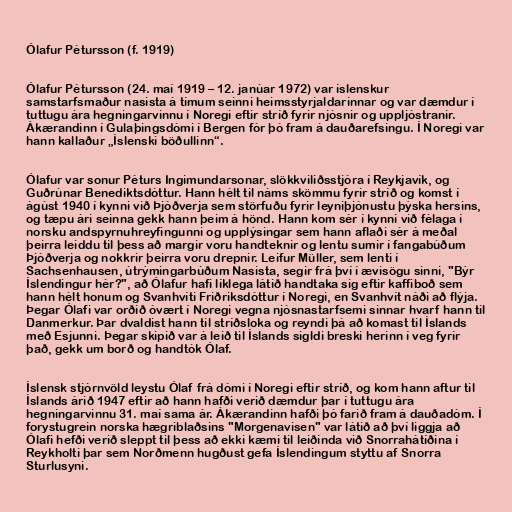
Ólafur Pétursson (f. 1919)

Ólafur Pétursson (24. maí 1919 – 12. janúar 1972) var íslenskur
samstarfsmaður nasista á tímum seinni heimsstyrjaldarinnar og var dæmdur í
tuttugu ára hegningarvinnu í Noregi eftir stríð fyrir njósnir og uppljóstranir.
Ákærandinn í Gulaþingsdómi í Bergen fór þó fram á dauðarefsingu. Í Noregi var
hann kallaður „Íslenski böðullinn“.

Ólafur var sonur Péturs Ingimundarsonar, slökkviliðsstjóra í Reykjavík, og
Guðrúnar Benediktsdóttur. Hann hélt til náms skömmu fyrir stríð og komst í
ágúst 1940 í kynni við Þjóðverja sem störfuðu fyrir leyniþjónustu þýska hersins,
og tæpu ári seinna gekk hann þeim á hönd. Hann kom sér í kynni við félaga í
norsku andspyrnuhreyfingunni og upplýsingar sem hann aflaði sér á meðal
þeirra leiddu til þess að margir voru handteknir og lentu sumir í fangabúðum
Þjóðverja og nokkrir þeirra voru drepnir. Leifur Müller, sem lenti í
Sachsenhausen, útrýmingarbúðum Nasista, segir frá því í ævisögu sinni, "Býr
Íslendingur hér?", að Ólafur hafi líklega látið handtaka sig eftir kaffiboð sem
hann hélt honum og Svanhvíti Friðriksdóttur í Noregi, en Svanhvít náði að flýja.
Þegar Ólafi var orðið óvært í Noregi vegna njósnastarfsemi sinnar hvarf hann til
Danmerkur. Þar dvaldist hann til stríðsloka og reyndi þá að komast til Íslands
með Esjunni. Þegar skipið var á leið til Íslands sigldi breski herinn í veg fyrir
það, gekk um borð og handtók Ólaf.

Íslensk stjórnvöld leystu Ólaf frá dómi í Noregi eftir stríð, og kom hann aftur til
Íslands árið 1947 eftir að hann hafði verið dæmdur þar í tuttugu ára
hegningarvinnu 31. maí sama ár. Ákærandinn hafði þó farið fram á dauðadóm. Í
forystugrein norska hægriblaðsins "Morgenavisen" var látið að því liggja að
Ólafi hefði verið sleppt til þess að ekki kæmi til leiðinda við Snorrahátíðina í
Reykholti þar sem Norðmenn hugðust gefa Íslendingum styttu af Snorra
Sturlusyni.